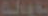
تايلة